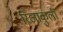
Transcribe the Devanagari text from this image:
रिजाकुली